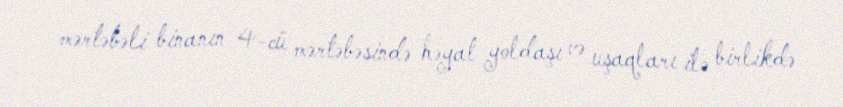
mərtəbəli binanın 4-cü mərtəbəsində həyat yoldaşı və uşaqları ilə birlikdə